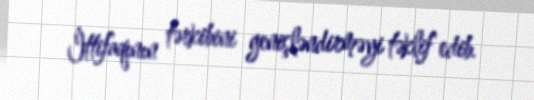
İttifaqının tərkibini genişləndirməyi təklif edib.